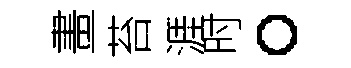
畫苔涯时。